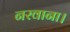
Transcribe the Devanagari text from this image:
नरवाना।